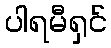
ပါရမီရှင်